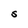
Character: S